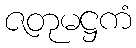
ဇတုမဋ္ဌကံ